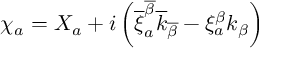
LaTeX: \chi _ { a } = X _ { a } + i \left( \overline { { { \xi } } } _ { a } ^ { \overline { { { \beta } } } } \overline { { { k } } } _ { \overline { { { \beta } } } } - \xi _ { a } ^ { \beta } k _ { \beta } \right)